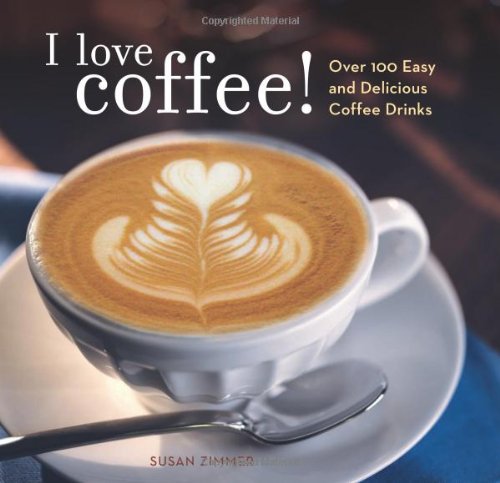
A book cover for I Love Coffee! Over 100 Easy and Delicious Coffee Drinks; Susan Zimmer; Cookbooks, Food & Wine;